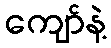
ကျော်နဲ့